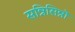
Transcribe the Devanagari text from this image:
सन्निसिन्नो